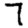
Digit: 7